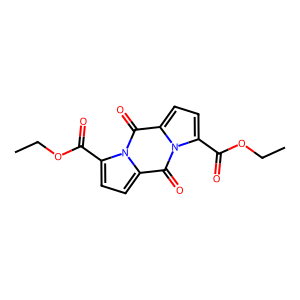
SMILES: CCOC(=O)c1ccc2c(=O)n3c(C(=O)OCC)ccc3c(=O)n12
Inhibits HIV replication: No